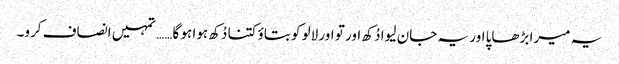
یہ میرا بڑھاپا اور یہ جان لیوا دُکھ اور تو اور لالو کو بتاؤ کتنا دُکھ ہوا ہو گا…… تمہیں انصاف کرو۔